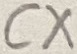
Text: CX